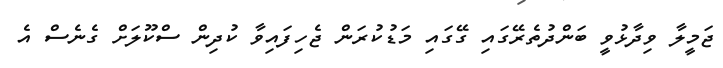
ޖަމީލާ ވިދާޅުވީ ބަންދުތެރޭގައި ގޭގައި މަޑުކުރަން ޖެހިފައިވާ ކުދިން ސްކޫލަށް ގެނެސް އެ